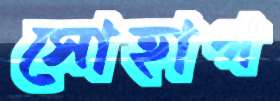
সোহাগ